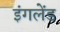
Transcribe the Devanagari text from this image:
इंगलेंड